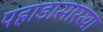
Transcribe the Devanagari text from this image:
पहाडासारखा